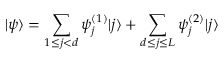
| \psi \rangle = \sum _ { 1 \leq j < d } \psi _ { j } ^ { ( 1 ) } | j \rangle + \sum _ { d \leq j \leq L } \psi _ { j } ^ { ( 2 ) } | j \rangle